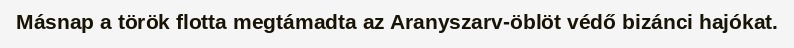
Másnap a török flotta megtámadta az Aranyszarv-öblöt védő bizánci hajókat.